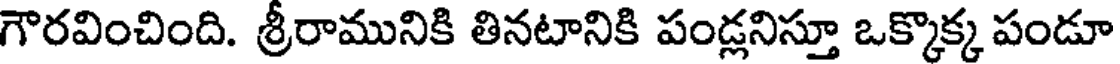
గౌరవించింది. శ్రీరామునికి తినటానికి పండ్లనిస్తూ ఒక్కొక్క పండూ